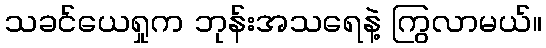
သခင်ယေရှုက ဘုန်းအသရေနဲ့ ကြွလာမယ်။